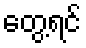
တွေ့ရင်